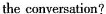
the conversation?